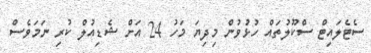
ސެޓެލައިޓް ސްކޫލުތައް ހުޅުވުން މިދިޔަ މަހު 24 އަށް ޝެޑިއުލް ކުރި ނަމަވެސް